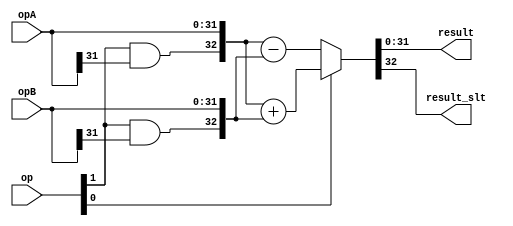
/****************************************************************************
          AddSub unit
- Should perform ADD, ADDU, SUBU, SUB, SLT, SLTU

  is_slt signext addsub
    op[2] op[1] op[0]  |  Operation
0     0     0     0         SUBU
2     0     1     0         SUB
1     0     0     1         ADDU
3     0     1     1         ADD
4     1     0     0         SLTU
6     1     1     0         SLT

****************************************************************************/
module addersub (
            opA, opB,
            op, 
            result,
            result_slt );

parameter WIDTH=32; 


input [WIDTH-1:0] opA;
input [WIDTH-1:0] opB;
//input carry_in;
input [3-1:0] op;

output [WIDTH-1:0] result;
output result_slt;

wire carry_out;
wire [WIDTH:0] sum;

// Mux between sum, and slt
wire is_slt;
wire signext;
wire addsub;

wire [WIDTH:0] dataa, datab;
wire [WIDTH:0] add;
wire [WIDTH:0] sub;

assign is_slt=op[2];
assign signext=op[1];
assign addsub=op[0];

assign result=sum[WIDTH-1:0];
//assign result_slt[WIDTH-1:1]={31{1'b0}};
//assign result_slt[0]=sum[WIDTH];
assign result_slt=sum[WIDTH];

assign dataa = {signext&opA[WIDTH-1],opA};
assign datab = {signext&opB[WIDTH-1],opB};

assign add = dataa + datab;
assign sub = dataa - datab;
assign sum = (addsub)? add: sub;
/*
lpm_add_sub adder_inst(
    .dataa({signext&opA[WIDTH-1],opA}),
    .datab({signext&opB[WIDTH-1],opB}),
    .cin(~addsub),
    .add_sub(addsub),
    .result(sum)
        // synopsys translate_off
        ,
        .cout (),
        .clken (),
        .clock (),
        .overflow (),
        .aclr ()
        // synopsys translate_on
    );
defparam 
    adder_inst.lpm_width=WIDTH+1,
    adder_inst.lpm_representation="SIGNED";
*/
assign carry_out=sum[WIDTH];


endmodule